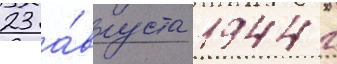
23 а́вгуста 1944 г